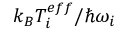
k _ { B } T _ { i } ^ { e f f } / \hbar \omega _ { i }